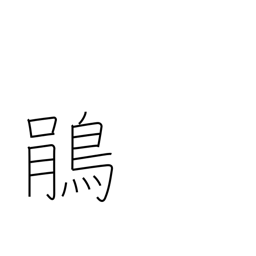
Meaning: cuckoo